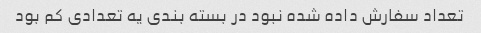
تعداد سفارش داده شده نبود در بسته بندی یه تعدادی کم بود